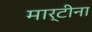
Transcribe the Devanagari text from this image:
मार्टीना